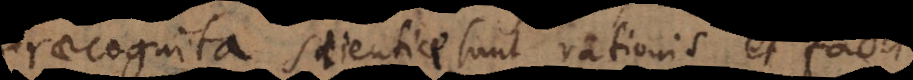
Praecognita scientiae sunt rationis et facti